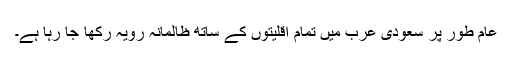
عام طور پر سعودی عرب میں تمام اقلیتوں کے ساتھ ظالمانہ رویہ رکھا جا رہا ہے۔